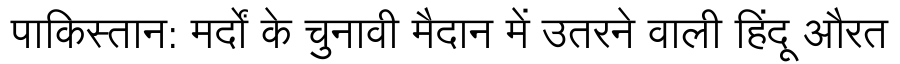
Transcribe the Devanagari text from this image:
पाकिस्तान: मर्दों के चुनावी मैदान में उतरने वाली हिंदू औरत